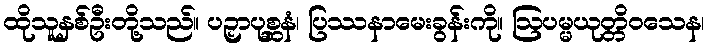
ထိုသူနှစ်ဦးတို့သည်။ ပဉှာပုစ္ဆနံ၊ ပြဿနာမေးခွန်းကို။ ဩပမ္မယုတ္တိဝသေန၊